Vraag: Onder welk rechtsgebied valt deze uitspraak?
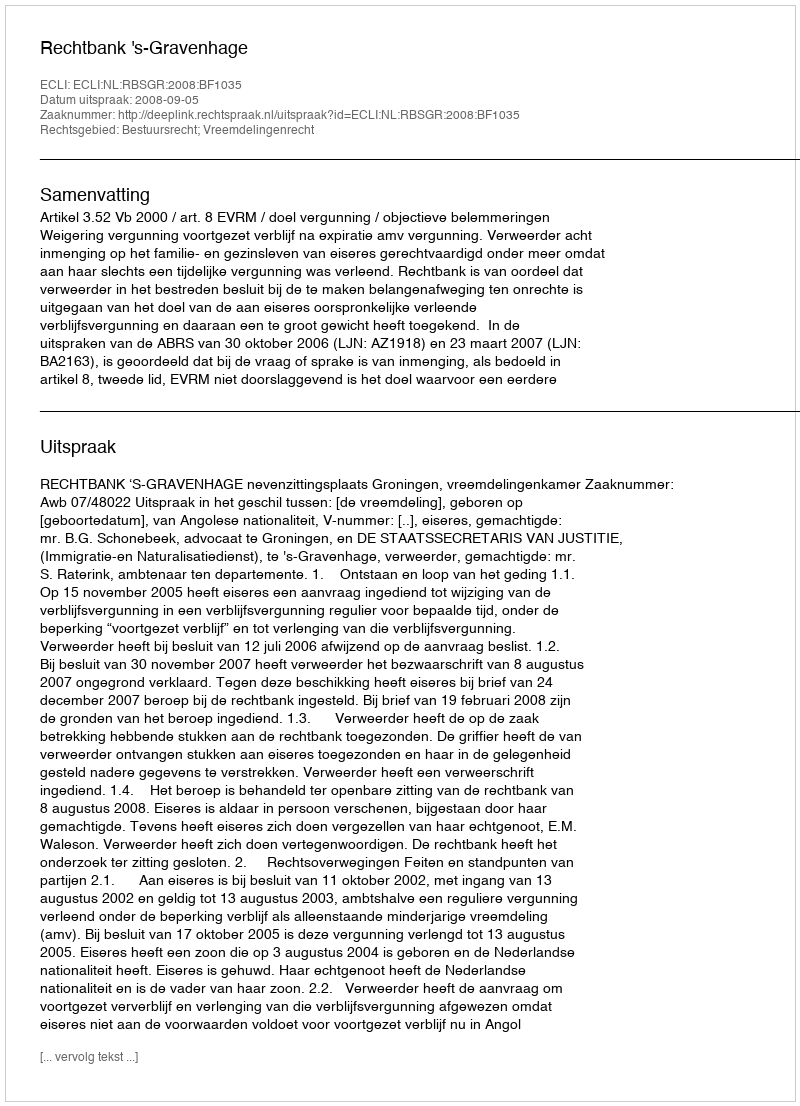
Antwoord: Bestuursrecht; Vreemdelingenrecht